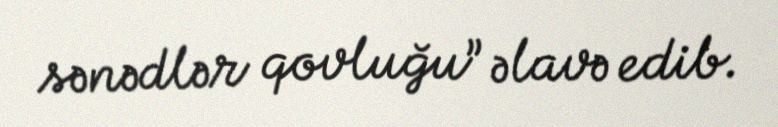
sənədlər qovluğu” əlavə edib.